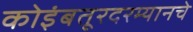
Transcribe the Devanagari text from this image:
कोइंबतूरदरम्यानचे